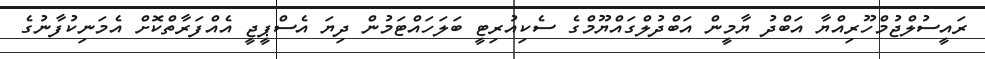
ރައީސުލްޖުމްހޫރިއްޔާ އަބްދު ޔާމީން އަބްދުލްގައްޔޫމްގެ ސެކިއުރިޓީ ބަލަހައްޓަމުން ދިޔަ އެސްޕީޖީ އެއްފަރާތްކޮށް އެމަނިކުފާނުގެ